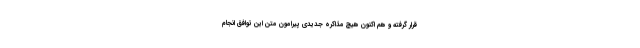
قرار گرفته و هم اکنون هیچ مذاکره جدیدی پیرامون متن این توافق انجام